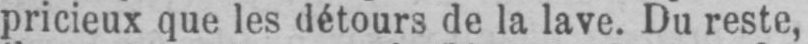
pricieux que les détours de la lave. Du reste,